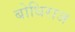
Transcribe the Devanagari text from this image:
बोधिराज